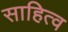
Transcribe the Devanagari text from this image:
साहित्व